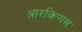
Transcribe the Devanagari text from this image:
आरकिप्पस